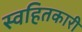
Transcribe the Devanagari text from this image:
स्वहितकारी